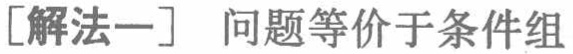
[解法一] 问题等价于条件组